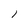
Character: 1